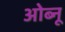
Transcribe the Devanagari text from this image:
ओब्नू